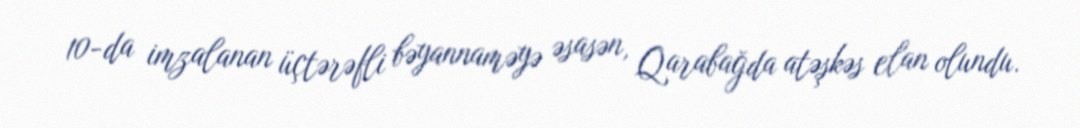
10-da imzalanan üçtərəfli bəyannaməyə əsasən, Qarabağda atəşkəs elan olundu.